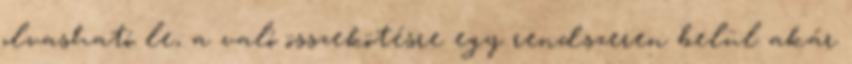
olvasható le, a való összekötésre egy rendszeren belül akár